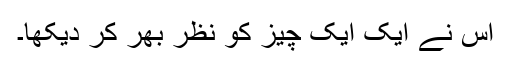
اس نے ایک ایک چیز کو نظر بھر کر دیکھا۔